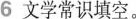
6文学常识填空。